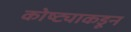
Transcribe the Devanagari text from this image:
कोष्ट्याकडून